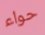
حواء